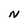
Character: N